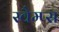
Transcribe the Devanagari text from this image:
स्वैम्प्स